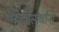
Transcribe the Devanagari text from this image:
नाट्यस्पर्धांना